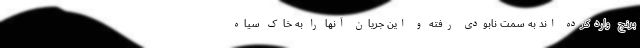
برنج واردکرده اند به سمت نابودی رفته و این جریان آنها را به خاک سیاه